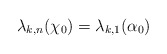
\begin{align*}\lambda_{k,n}(\chi_0) = \lambda_{k,1}(\alpha_0)\end{align*}